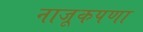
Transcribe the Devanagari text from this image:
नाजूकपणा